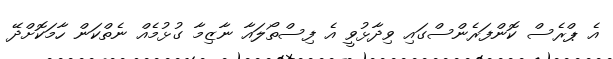
އެ ޕްރެސް ކޮންފަރެންސްގައި ވިދާޅުވީ އެ ފިސްތޯލައާ ނާޒިމާ ގުޅުމެއް ނެތްކަން ހާމަކޮށްދޭ